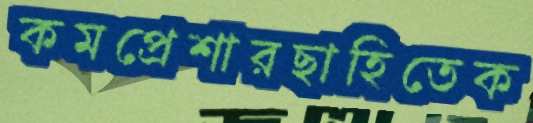
কমপ্রেশারছাহিতেক